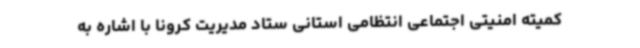
کمیته امنیتی اجتماعی انتظامی استانی ستاد مدیریت کرونا با اشاره به